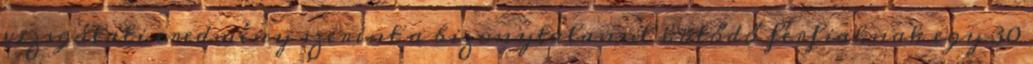
vizsgálati eredmény szerint a bizonytalanul kötődő férﬁaknak egy 30